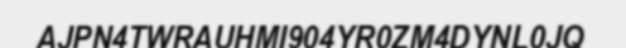
AJPN4TWRAUHMI904YR0ZM4DYNL0JQ